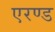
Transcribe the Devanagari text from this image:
एरण्ड